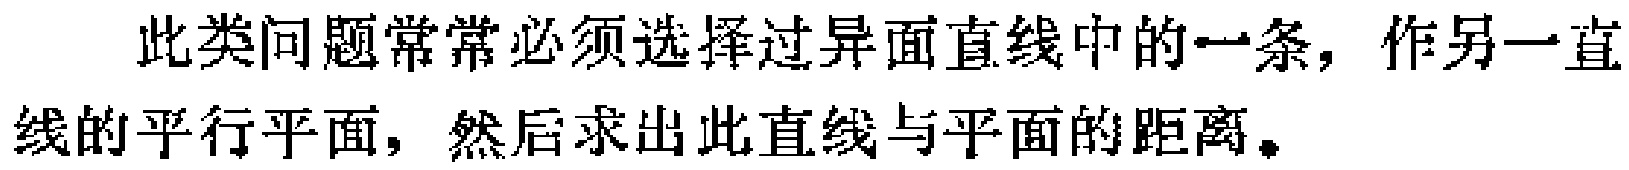
此类问题常常必须选择过异面直线中的一条，作另一直线的平行平面，然后求出此直线与平面的距离。